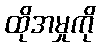
ထိုအမှုကို